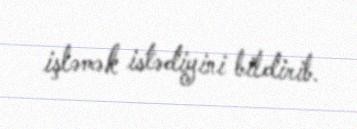
işləmək istədiyini bildirib.